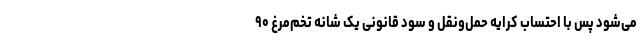
می‌شود پس با احتساب کرایه حمل‌ونقل و سود قانونی یک شانه تخم‌مرغ ۹۰